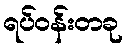
ရပ်ဝန်းတခု